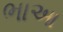
ભાઆ